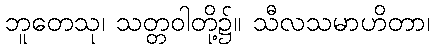
ဘူတေသု၊ သတ္တဝါတို့၌။ သီလသမာဟိတာ၊